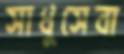
সাধুসেবা